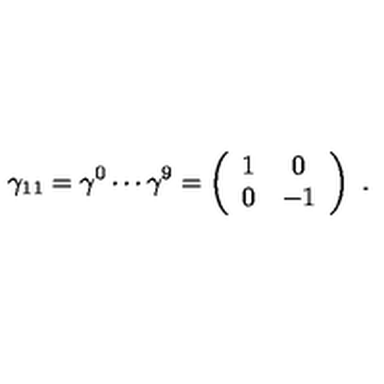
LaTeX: \gamma _ { 1 1 } = \gamma ^ { 0 } \cdots \gamma ^ { 9 } = \left( \begin{array} { c c } { 1 } & { 0 } \\ { 0 } & { - 1 } \\ \end{array} \right) \ .